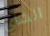
الشاي